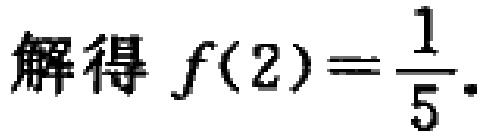
解得 \(f(2)=\frac{1}{5}\).